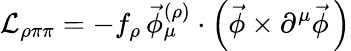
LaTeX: {\cal L}_{\rho\pi\pi}=-f_{\rho}\, \vec{\phi}_{\mu}^{(\rho)}\cdot\left(\vec{\phi}\times\partial^{\mu}\vec{\phi}\, \right)